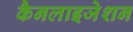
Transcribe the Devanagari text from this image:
कैनलाइजेशन